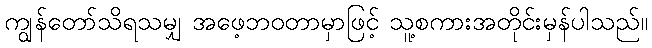
ကျွန်တော်သိရသမျှ အဖေ့ဘဝတာမှာဖြင့် သူ့စကားအတိုင်းမှန်ပါသည်။